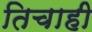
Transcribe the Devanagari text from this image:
तिचाही